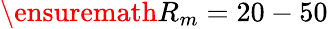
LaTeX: \ensuremath{R_{m}}=20-50